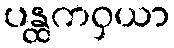
ပန္ထကဝှယာ